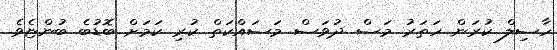
ހާސިލް ކުރަން ހަތަރު މަސް ދުވަސް މަސައްކަތް ކުރި ކަމަށް ބޮޑުބެ ބުންޏެވެ.